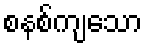
စနစ်ကျသော